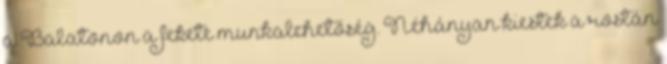
a Balatonon a fekete munkalehetőség. Néhányan kiestek a rostán